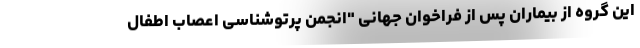
این گروه از بیماران پس از فراخوان جهانی "انجمن پرتوشناسی اعصاب اطفال